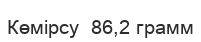
Көмірсу  86,2 грамм